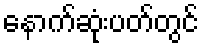
နောက်ဆုံးပတ်တွင်